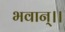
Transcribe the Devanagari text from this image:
भवान्।।